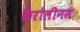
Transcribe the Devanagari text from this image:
कैरोलीनस